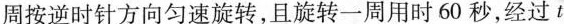
周按逆时针方向匀速旋转，且旋转一周用时60秒，经过t